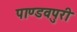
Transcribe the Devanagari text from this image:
पाण्डवपुरी